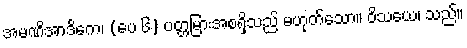
အမဏိအာဒိကေ၊ (ပေ ၆) ပတ္တမြားအစရှိသည် မဟုတ်သော။ ဝိသယေ၊ သည်။